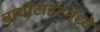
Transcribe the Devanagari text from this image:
बायोटाइटमध्ये